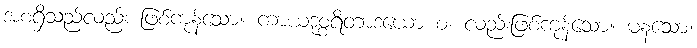
အစရှိသည်လည်း ဖြစ်ကုန်သော။ ကာယဒုစ္စရိတာဒယော စ၊ လည်းဖြစ်ကုန်သော။ မနသော၊